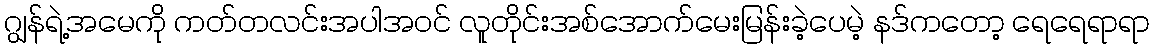
ဂျွန်ရဲ့အမေကို ကတ်တလင်းအပါအဝင် လူတိုင်းအစ်အောက်မေးမြန်းခဲ့ပေမဲ့ နဒ်ကတော့ ရေရေရာရာ